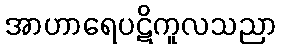
အာဟာရေပဋိကူလသညာ